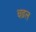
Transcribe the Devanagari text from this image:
चढ़ल